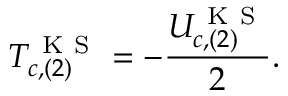
T _ { c , ( 2 ) } ^ { \mathrm { ~ K ~ S ~ } } = - \frac { U _ { c , ( 2 ) } ^ { \mathrm { ~ K ~ S ~ } } } { 2 } .